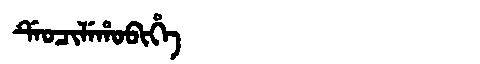
Manchu: ᡩᡝᠣᠴᡳᠯᡝᡥᠣᠪᡳᡥᡝ
Romanization: DEOCILEHOBIHE